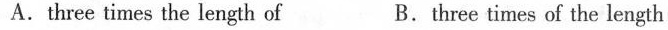
A.three times the length of B.three times of the length